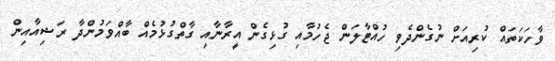
ވާހަކަތައް ކުރިއަށް ނުގެންދެވި ހުއްޓާލަން ޖެހުމާއި ގުޅިގެން އީރާނާއި ގާތްގުޅުމެއް ބާއްވަމުންދާ ރަޝިއާއިން